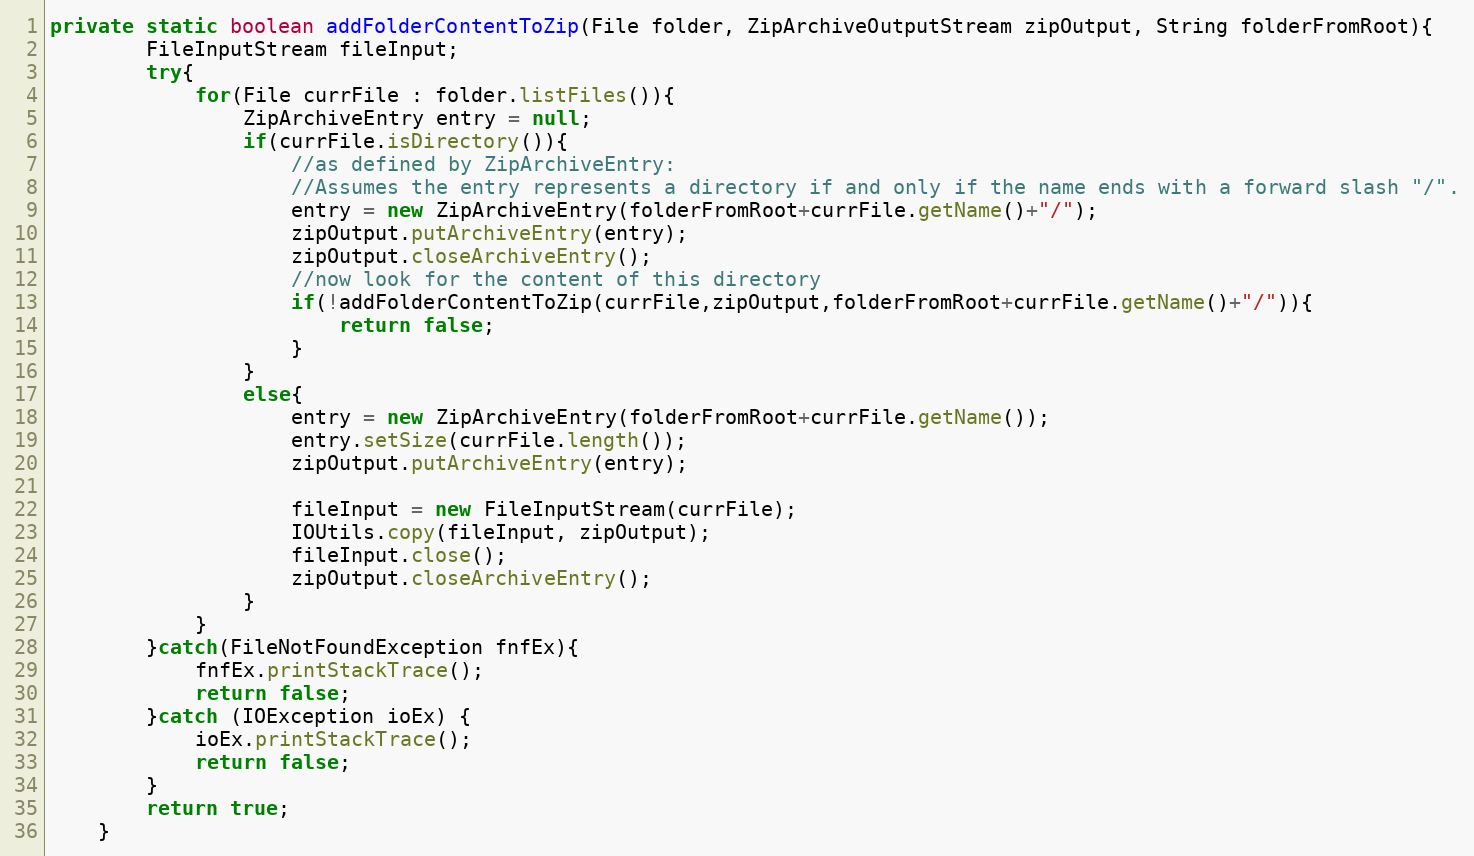
Language: Java
private static boolean addFolderContentToZip(File folder, ZipArchiveOutputStream zipOutput, String folderFromRoot){
		FileInputStream fileInput;
		try{
			for(File currFile : folder.listFiles()){
				ZipArchiveEntry entry = null;
				if(currFile.isDirectory()){
					//as defined by ZipArchiveEntry:
					//Assumes the entry represents a directory if and only if the name ends with a forward slash "/".
					entry = new ZipArchiveEntry(folderFromRoot+currFile.getName()+"/");
					zipOutput.putArchiveEntry(entry);
					zipOutput.closeArchiveEntry();
					//now look for the content of this directory
					if(!addFolderContentToZip(currFile,zipOutput,folderFromRoot+currFile.getName()+"/")){
						return false;
					}
				}
				else{
					entry = new ZipArchiveEntry(folderFromRoot+currFile.getName());
					entry.setSize(currFile.length());
					zipOutput.putArchiveEntry(entry);

					fileInput = new FileInputStream(currFile);
					IOUtils.copy(fileInput, zipOutput);
					fileInput.close();
					zipOutput.closeArchiveEntry();
				}
			}
		}catch(FileNotFoundException fnfEx){
			fnfEx.printStackTrace();
			return false;
		}catch (IOException ioEx) {
			ioEx.printStackTrace();
			return false;
		}
		return true;
	}